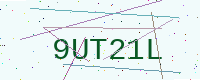
Text: 9UT21L